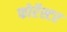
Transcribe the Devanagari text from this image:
फोर्रेस्टर